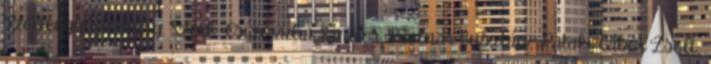
szöveggyűjtemény. Szerk.: Csizmadia Sándor, Molnár Gusztáv, Pataki Gábor Zsolt,